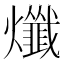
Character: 𤒯